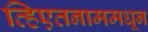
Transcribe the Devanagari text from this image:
व्हिएतनाममधून